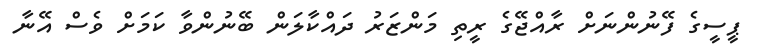
ޕީސީގެ ފޭނުންނަށް ރާއްޖޭގެ ރީތި މަންޒަރު ދައްކާލަން ބޭނުންވާ ކަމަށް ވެސް އޭނާ